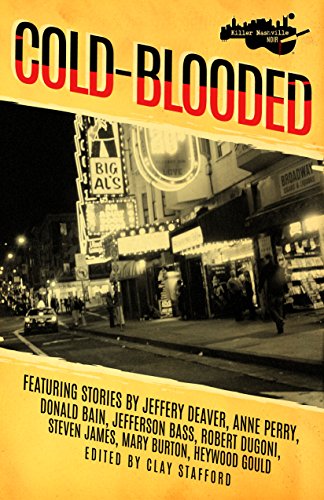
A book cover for Killer Nashville Noir: Cold-Blooded; Mystery, Thriller & Suspense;